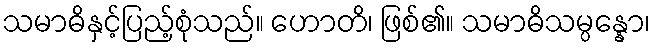
သမာဓိနှင့်ပြည့်စုံသည်။ ဟောတိ၊ ဖြစ်၏။ သမာဓိသမ္ပန္နော၊